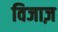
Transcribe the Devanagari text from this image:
विजाज़